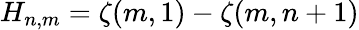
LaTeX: H_{n,m}=\zeta(m,1)-\zeta(m,n+1)